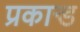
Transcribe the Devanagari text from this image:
प्रकान्ड